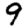
Digit: 9